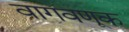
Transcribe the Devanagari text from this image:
वागवणूक